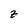
Character: z